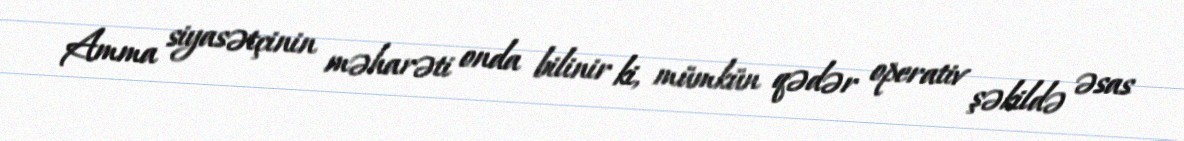
Amma siyasətçinin məharəti onda bilinir ki, mümkün qədər operativ şəkildə əsas